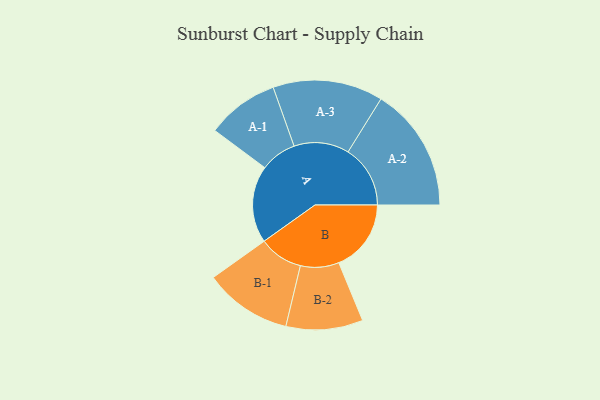
{"axis": {"x": "Segment", "y": "Value"}, "legend": ["", "A", "B"], "data": [{"x": "A", "y": 367, "type": ""}, {"x": "B", "y": 344, "type": ""}, {"x": "A-1", "y": 172, "type": "A"}, {"x": "A-2", "y": 296, "type": "A"}, {"x": "A-3", "y": 262, "type": "A"}, {"x": "B-1", "y": 209, "type": "B"}, {"x": "B-2", "y": 183, "type": "B"}]}